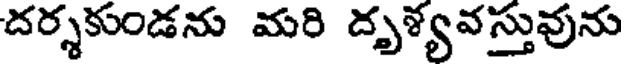
దర్శకుండను మరి దృళ్యవస్తువును